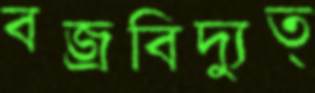
বজ্রবিদ্যুত্